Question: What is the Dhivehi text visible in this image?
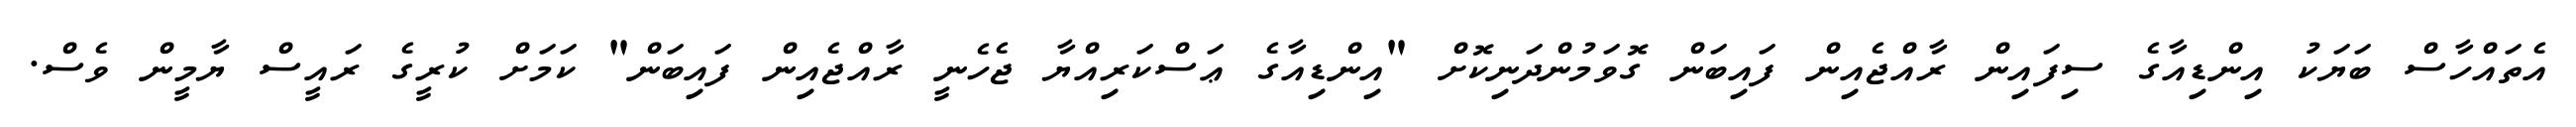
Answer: އެތައްހާސް ބަޔަކު އިންޑިއާގެ ސިފައިން ރާއްޖެއިން ފައިބަން ގޮވަމުންދަނިކޮށް "އިންޑިއާގެ ޢަސްކަރިއްޔާ ޖެހެނީ ރާއްޖެއިން ފައިބަން" ކަމަށް ކުރީގެ ރައީސް ޔާމީން ވެސް.